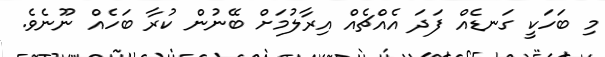
މި ބަހަކީ ގަނޑެއް ފަދަ އެއްޗެއް އިރާލުމަށް ބޭނުން ކުރާ ބަހެއް ނޫނެވެ.